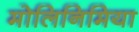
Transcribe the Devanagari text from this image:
मोलिनिमिया